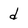
Character: d